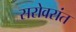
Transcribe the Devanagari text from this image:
सरोवरांत